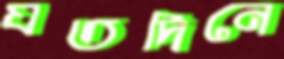
যতদিনে